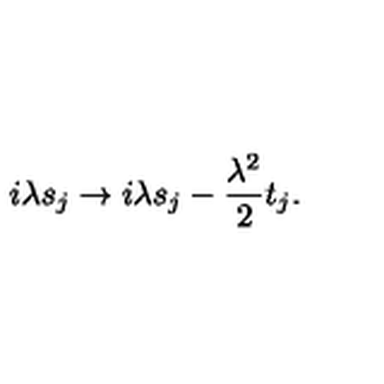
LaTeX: i \lambda s _ { j } \to i \lambda s _ { j } - \frac { \lambda ^ { 2 } } { 2 } t _ { j } .